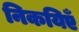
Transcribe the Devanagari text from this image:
निकयिएँ